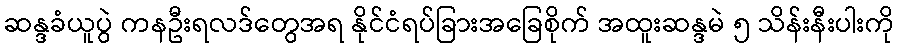
ဆန္ဒခံယူပွဲ ကနဦးရလဒ်တွေအရ နိုင်ငံရပ်ခြားအခြေစိုက် အထူးဆန္ဒမဲ ၅ သိန်းနီးပါးကို